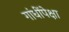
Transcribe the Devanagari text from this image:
गांधींपेक्षा